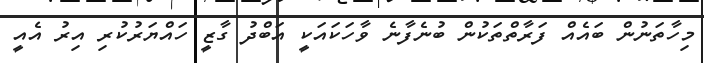
މިހާތަނުން ބައެއް ފަރާތްތަކުން ބުނެފާނެ ވާހަކައަކީ އަބްދު ގާޒީ ހައްޔަރުކުރި އިރު އެއީ